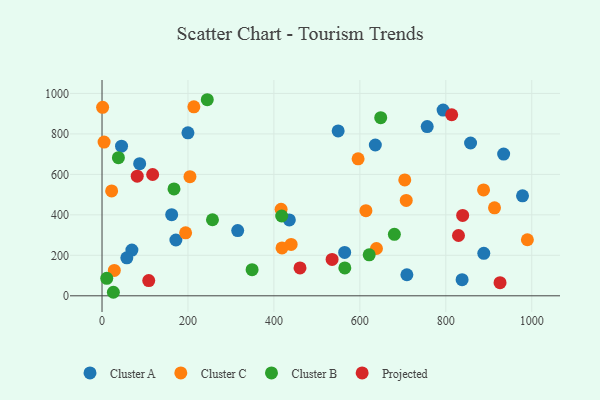
{"axis": {"x": "Study Hours", "y": "Demand"}, "legend": ["Cluster A", "Cluster B", "Cluster C", "Projected"], "data": [{"x": "69.5", "y": 226.0, "type": "Cluster A"}, {"x": "636.0", "y": 745.1, "type": "Cluster A"}, {"x": "888.4", "y": 210.1, "type": "Cluster A"}, {"x": "549.5", "y": 814.8, "type": "Cluster A"}, {"x": "45.4", "y": 739.2, "type": "Cluster A"}, {"x": "87.6", "y": 653.0, "type": "Cluster A"}, {"x": "709.4", "y": 104.0, "type": "Cluster A"}, {"x": "315.7", "y": 322.3, "type": "Cluster A"}, {"x": "435.9", "y": 374.9, "type": "Cluster A"}, {"x": "857.6", "y": 755.1, "type": "Cluster A"}, {"x": "199.9", "y": 805.1, "type": "Cluster A"}, {"x": "162.1", "y": 401.0, "type": "Cluster A"}, {"x": "793.7", "y": 917.8, "type": "Cluster A"}, {"x": "564.6", "y": 214.1, "type": "Cluster A"}, {"x": "57.7", "y": 187.4, "type": "Cluster A"}, {"x": "837.9", "y": 79.6, "type": "Cluster A"}, {"x": "978.5", "y": 493.8, "type": "Cluster A"}, {"x": "171.9", "y": 275.6, "type": "Cluster A"}, {"x": "934.6", "y": 700.5, "type": "Cluster A"}, {"x": "756.7", "y": 836.4, "type": "Cluster A"}, {"x": "704.5", "y": 572.5, "type": "Cluster C"}, {"x": "22.4", "y": 518.1, "type": "Cluster C"}, {"x": "707.9", "y": 471.5, "type": "Cluster C"}, {"x": "28.6", "y": 125.6, "type": "Cluster C"}, {"x": "614.1", "y": 420.5, "type": "Cluster C"}, {"x": "204.6", "y": 588.8, "type": "Cluster C"}, {"x": "4.8", "y": 759.7, "type": "Cluster C"}, {"x": "887.8", "y": 523.3, "type": "Cluster C"}, {"x": "440.1", "y": 253.7, "type": "Cluster C"}, {"x": "989.8", "y": 276.9, "type": "Cluster C"}, {"x": "416.7", "y": 427.6, "type": "Cluster C"}, {"x": "194.5", "y": 311.0, "type": "Cluster C"}, {"x": "913.3", "y": 434.6, "type": "Cluster C"}, {"x": "418.8", "y": 236.4, "type": "Cluster C"}, {"x": "213.7", "y": 933.6, "type": "Cluster C"}, {"x": "595.9", "y": 676.7, "type": "Cluster C"}, {"x": "1.4", "y": 931.2, "type": "Cluster C"}, {"x": "638.6", "y": 233.6, "type": "Cluster C"}, {"x": "621.7", "y": 202.3, "type": "Cluster B"}, {"x": "349.2", "y": 129.0, "type": "Cluster B"}, {"x": "26.4", "y": 17.4, "type": "Cluster B"}, {"x": "648.5", "y": 880.0, "type": "Cluster B"}, {"x": "167.5", "y": 528.0, "type": "Cluster B"}, {"x": "244.9", "y": 968.9, "type": "Cluster B"}, {"x": "418.1", "y": 394.4, "type": "Cluster B"}, {"x": "11.0", "y": 86.4, "type": "Cluster B"}, {"x": "680.3", "y": 303.8, "type": "Cluster B"}, {"x": "38.1", "y": 682.5, "type": "Cluster B"}, {"x": "257.0", "y": 375.9, "type": "Cluster B"}, {"x": "565.0", "y": 137.6, "type": "Cluster B"}, {"x": "535.4", "y": 179.8, "type": "Projected"}, {"x": "839.2", "y": 397.2, "type": "Projected"}, {"x": "117.8", "y": 599.4, "type": "Projected"}, {"x": "460.7", "y": 137.7, "type": "Projected"}, {"x": "81.9", "y": 590.9, "type": "Projected"}, {"x": "829.5", "y": 297.9, "type": "Projected"}, {"x": "926.2", "y": 65.0, "type": "Projected"}, {"x": "813.7", "y": 894.6, "type": "Projected"}, {"x": "108.7", "y": 75.1, "type": "Projected"}]}